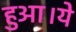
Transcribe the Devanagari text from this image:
हुआ।ये